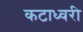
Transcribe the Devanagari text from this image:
कटाध्वरी